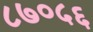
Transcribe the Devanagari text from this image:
८७०५६